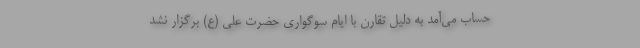
حساب می‌‌آمد به دلیل تقارن با ایام سوگواری حضرت علی (ع) برگزار نشد